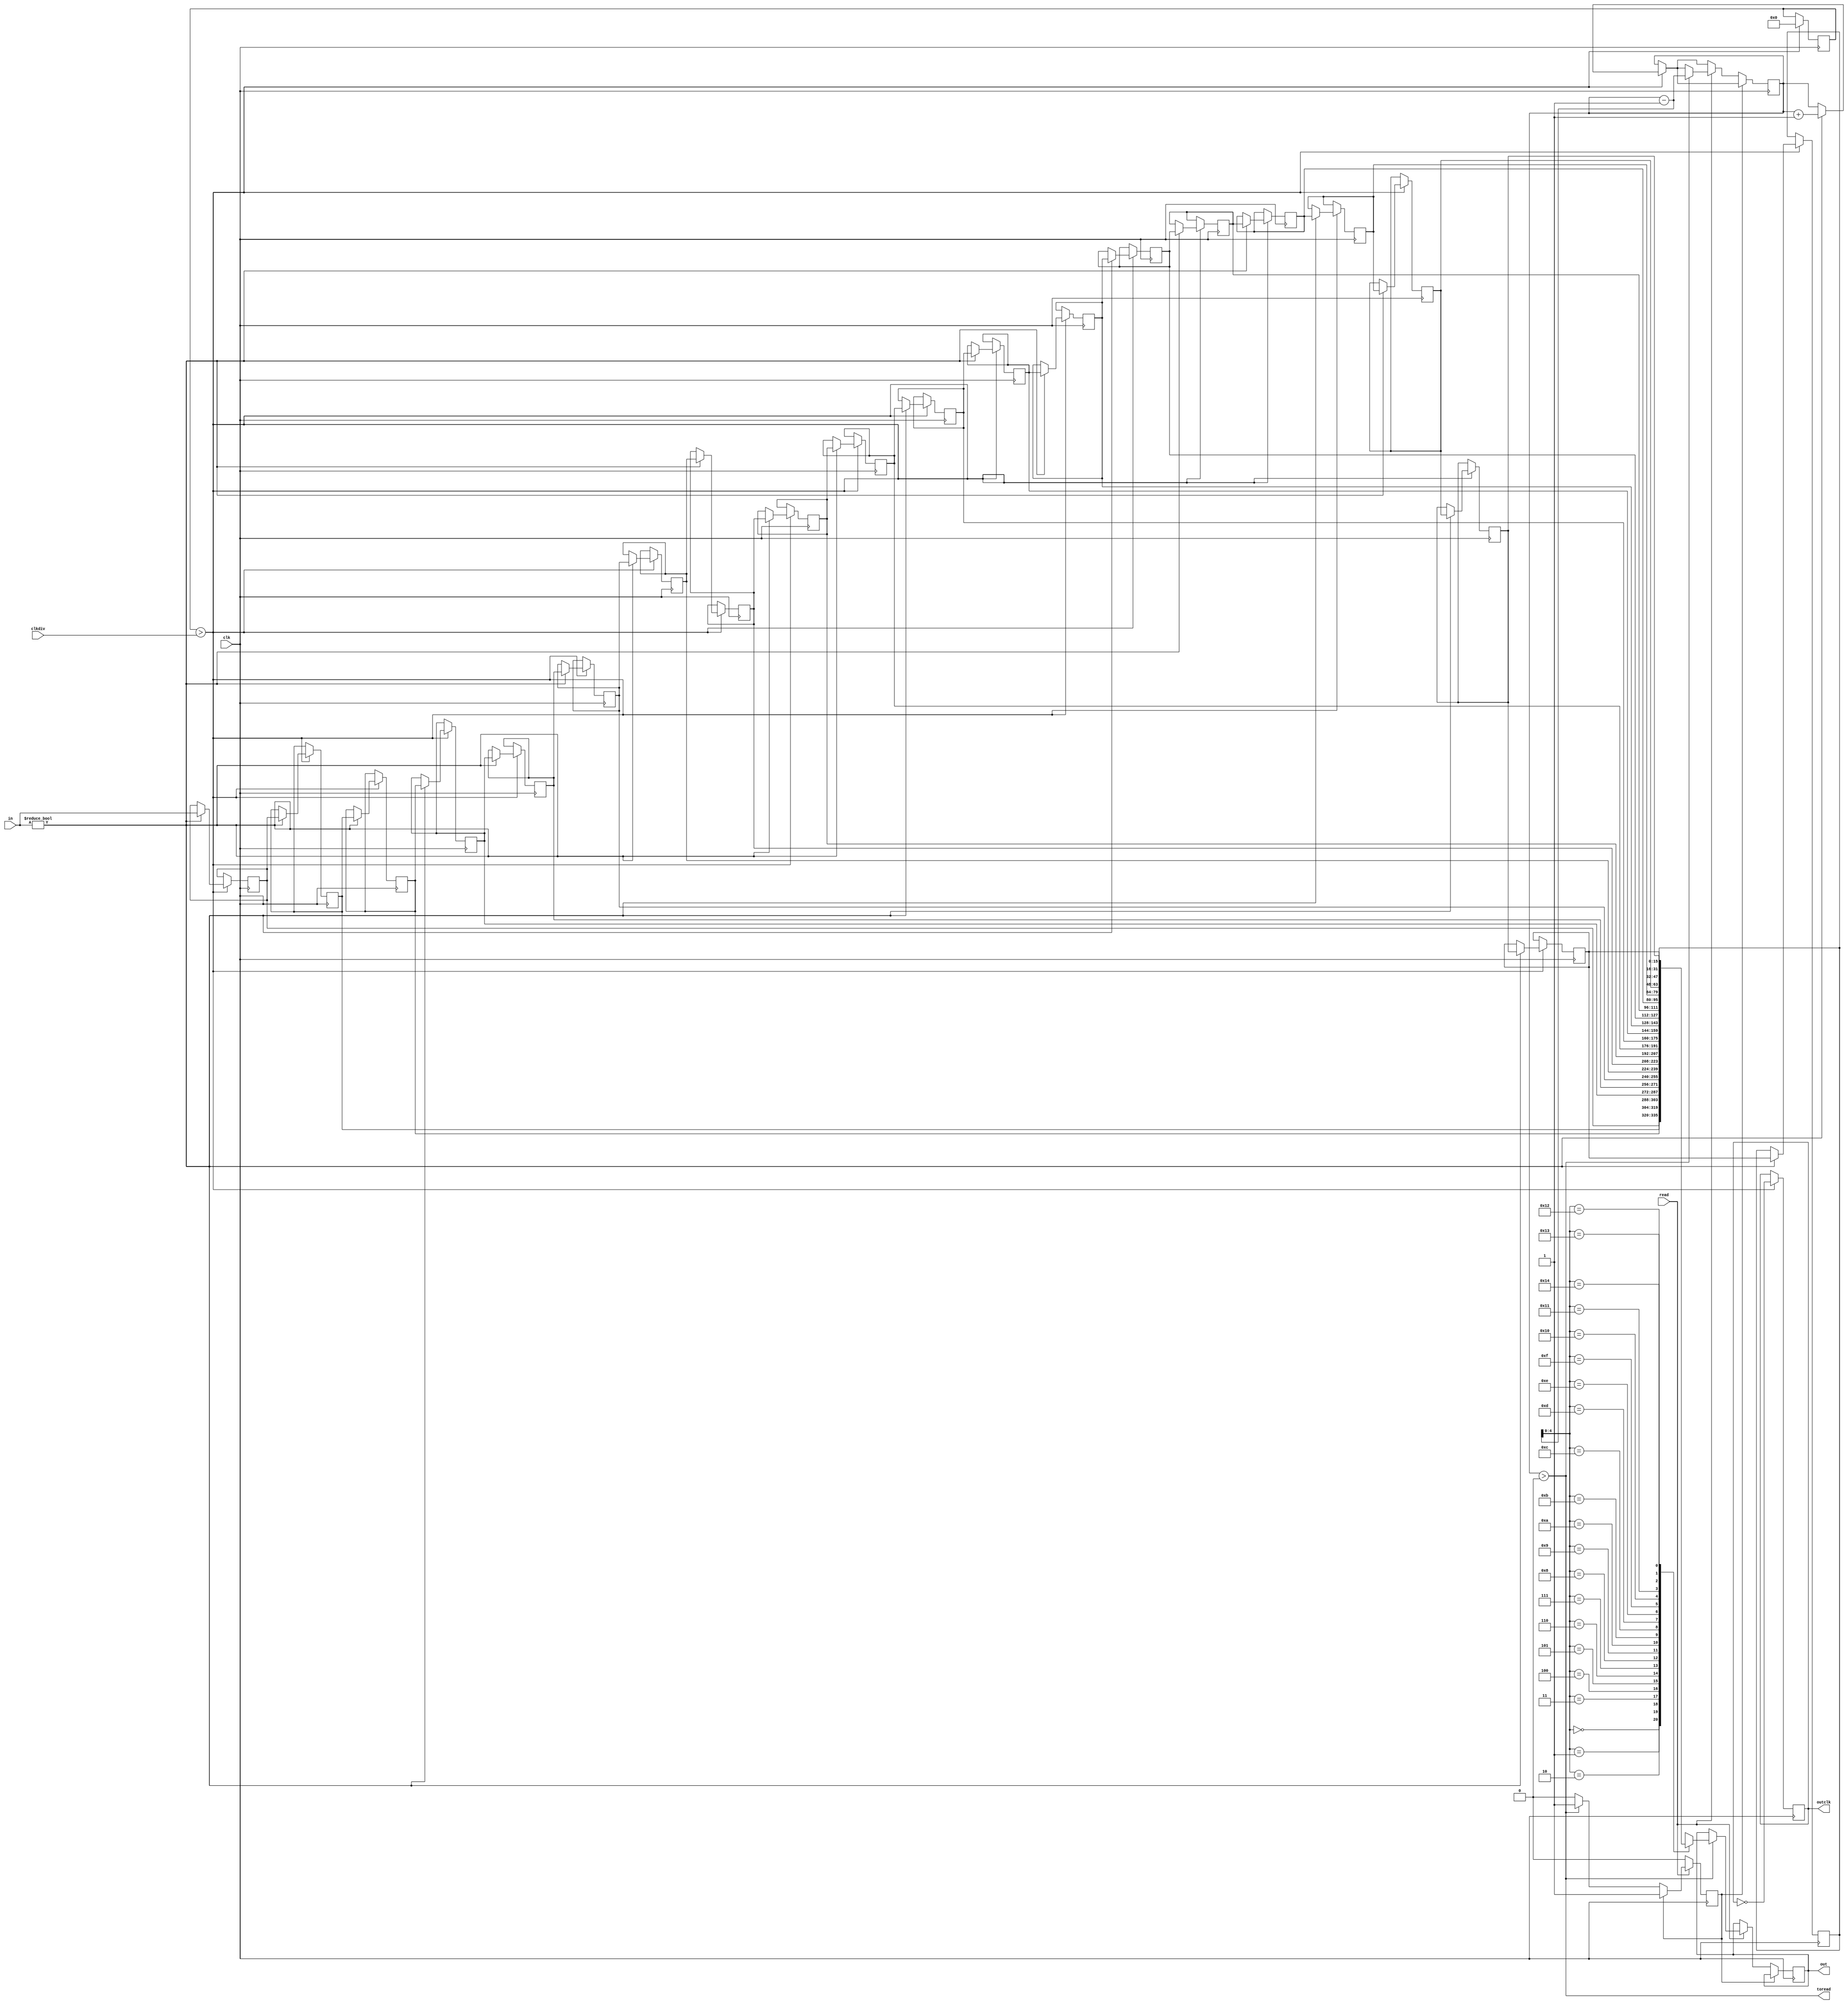
module InBuff #(parameter WIDTH = 16)(
	input clk,
	input [WIDTH-1:0] in,
	output reg [WIDTH-1:0] out,
	input read,
	input clkdiv,
	output reg outclk,
	output toread);
	reg [WIDTH-1:0] inbuf [20:0];
	reg [6:0] i;
	reg [15:0] counter = 0;
	reg oldread = 0;
	reg [6:0] bufpointer = 0;
	assign toread = (bufpointer > 0);
	always @(posedge clk) begin
		if (counter > clkdiv) begin
			outclk <= !outclk;
			counter <= 0;
			if (in != 0) begin
				for(i=1;i<21;i=i+1) begin
					inbuf[i] <= inbuf[i-1];
				end
				inbuf[0] <= in;
				bufpointer <= bufpointer + 1;
			end
		end
		if (!oldread) begin
			if (read) begin
				if(bufpointer > 0) begin
					out <= inbuf[bufpointer - 1];
					bufpointer <= bufpointer - 1;
					oldread <= 1;
				end
			end
		end
		if (!read) begin
			oldread <= 0;
		end
	end
endmodule